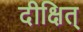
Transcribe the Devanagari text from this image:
दीक्षित्